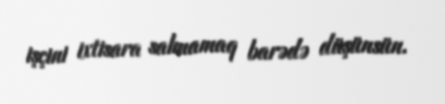
işçini ixtisara salmamaq barədə düşünsün.